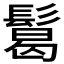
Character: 𩮂